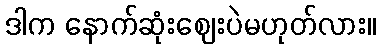
ဒါက နောက်ဆုံးဈေးပဲမဟုတ်လား။